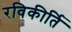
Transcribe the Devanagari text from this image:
रविकीर्ति